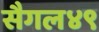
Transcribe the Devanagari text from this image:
सैगल४९